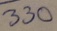
Text: 330